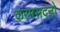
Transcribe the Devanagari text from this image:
करमसदनो